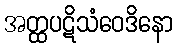
အတ္ထပဋိသံဝေဒိနော